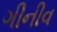
ગીનીવ